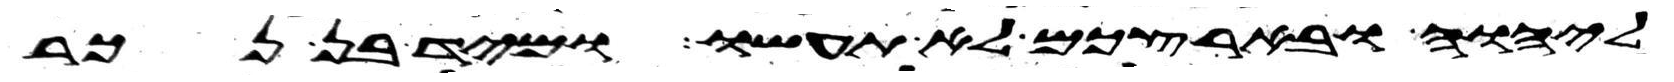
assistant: ליהוה ובארצכם לא תעשו ומיד בן נכר